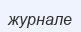
журнале